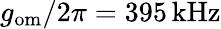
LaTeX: g_{\mathrm{om}}/2\pi=395\, \mathrm{kHz}